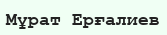
Мұрат Ерғалиев